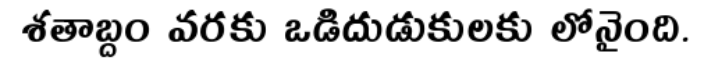
శతాబ్దం వరకు ఒడిదుడుకులకు లోనైంది.